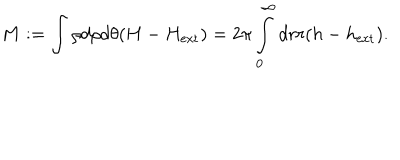
LaTeX: M : = \int \rho d \rho d \theta ( H - H _ { \mathrm { e x t } } ) = 2 \pi \int _ { 0 } ^ { \infty } d r r ( h - h _ { \mathrm { e x t } } ) .